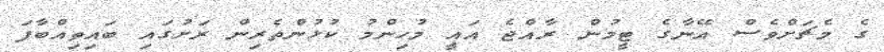
ގެ މެޗަށްވެސް އޭނާގެ ޓީމުން ރާއްޖެ އައީ މުހިންމު ކުޅުންތެރިން ރަށުގައި ބައިތިއްބާފަ